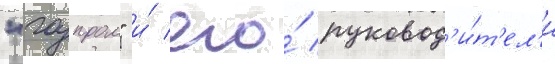
"газпром" и́ его́ руковод'и́т'ел'и